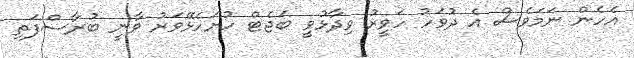
އެހެން ނަމަވެސް އެ ދުވަހު ހަވީރު ވިދާޅުވީ ބަޖެޓް ހުށަހެޅޭވަރު ވާނީ ބުރާސްފަތި